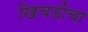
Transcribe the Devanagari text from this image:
खिचडीचा